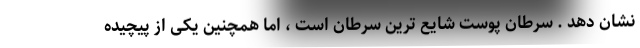
نشان دهد . سرطان پوست شایع ترین سرطان است ، اما همچنین یکی از پیچیده